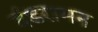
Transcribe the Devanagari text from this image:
दंडरामन